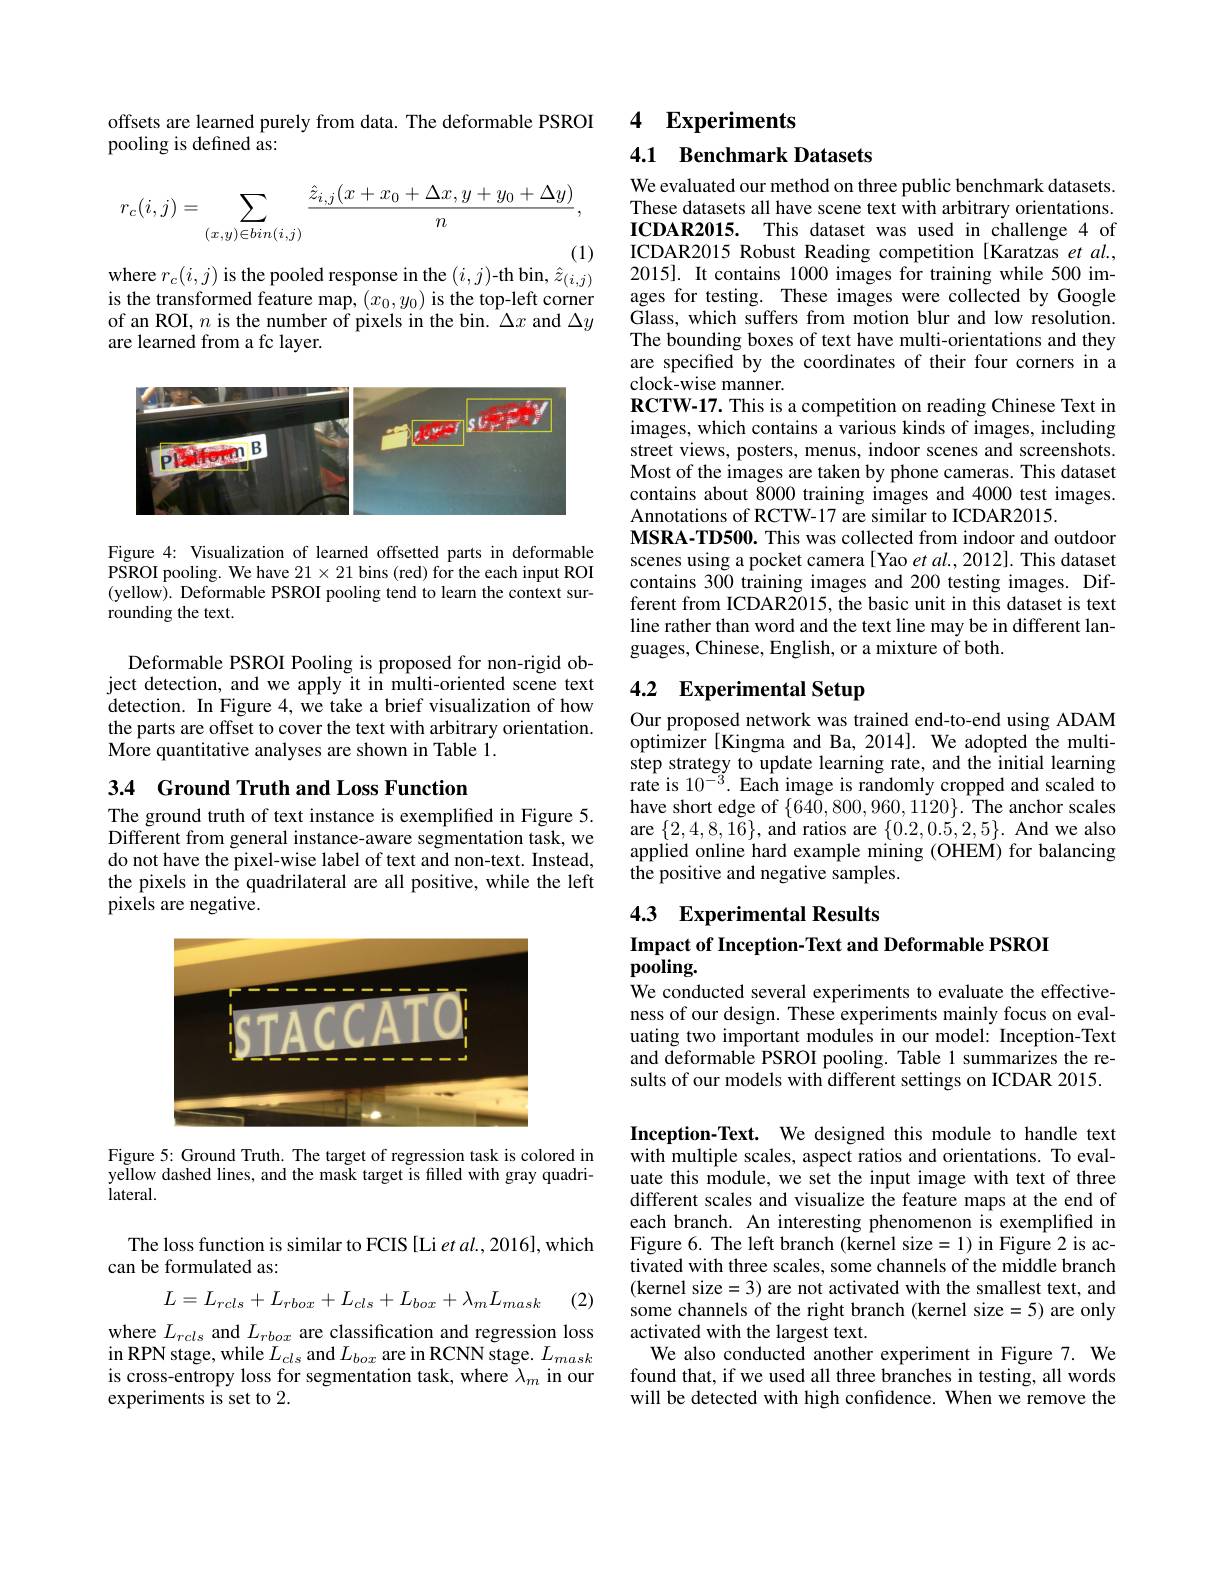
offsets are learned purely from data. The deformable PSROI
pooling is defined as:
$$r_c(i,j)=\sum_{(x,y)\in bin(i,j)}\frac{\hat{z}_{i,j}(x+x_0+\Delta x,y+y_0+\Delta y)}{n},$$
where $r_c(i,j)$ is the pooled response in the $(i,j)$-th bin, $\hat{z}_{(i,j)}$

is the transformed feature map, $(x_0,y_0)$ is the top-left corner of an ROI, $n$ is the number of pixels in the bin. $\Delta x$ and $\Delta y$ are learned from a fc layer.

<FigureHere>

Figure 4: Visualization of learned offsetted parts in deformable PSROI pooling. We have $21\times21$ bins (red) for the each input ROI (yellow). Deformable PSROI pooling tend to learn the context surrounding the text.

Deformable PSROI Pooling is proposed for non-rigid object detection, and we apply it in multi-oriented scene text detection. In Figure 4, we take a brief visualization of how the parts are offset to cover the text with arbitrary orientation. More quantitative analyses are shown in Table 1.

3.4 Ground Truth and Loss Function

The ground truth of text instance is exempliffed in Figure 5. Different from general instance- aware segmentation task, we do not have the pixel-wise label of text and non-text. Instead, the pixels in the quadrilateral are all positive, while the left pixels are negative.

<FigureHere>

Figure 5: Ground Truth. The target of regression task is colored in yellow dashed lines, and the mask target is filled with gray quadrilateral.

The loss function is similar to FCIS [Li et al., 2016], which
can be formulated as:
$$L=L_{rcls}+L_{rbox}+L_{cls}+L_{box}+\lambda_{m}L_{mask}$$
(2)

where $L_{rcls}$ and $L_{rbox}$ are classification and regression loss in RPN stage, while $L_{cls}$ and $L_box$ are in RCNN stage. $L_mask$ is cross-entropy loss for segmentation task, where $\lambda_m$ in our experiments is set to 2.

4 Experiments

## 4.1 Benchmark Datasets

We evaluated our method on three public benchmark datasets. These datasets all have scene text with arbitrary orientations. ICDAR2015. This dataset was used in challenge 4 of ICDAR2015 Robust Reading competition [Karatzas et al., 2015]. It contains 1000 images for training while 500 images for testing. These images were collected by Google Glass, which suffers from motion blur and low resolution. The bounding boxes of text have multi-orientations and they are specifed by the coordinates of their four corners in a clock-wise manner.
RCTW-17. This is a competition on reading Chinese Text in images, which contains a various kinds of images, including street views, posters, menus, indoor scenes and screenshots. Most of the images are taken by phone cameras. This dataset contains about 8000 training images and 4000 test images. Annotations of RCTW-17 are similar to ICDAR2015.
MSRA-TD500. This was collected from indoor and outdoor scenes using a pocket camera [ Yao et al., 2012]. This dataset contains 300 training images and 200 testing images. Different from ICDAR2015, the basic unit in this dataset is text line rather than word and the text line may be in different languages, Chinese, English, or a mixture of both.

# 4.2 Experimental Setup

Our proposed network was trained end-to-end using ADAM optimizer [Kingma and Ba, 2014]. We adopted the multistep strategy to update learning rate, and the initial learning rate is $10^{-3}.$ Each image is randomly cropped and scaled to have short edge of $\{640,800,960,1120\}.$ The anchor scales are $\{2,4,8,1\tilde{6}\}$, and ratios are $\{0.2,0.5,2,5\}.$ And we also applied online hard example mining (OHEM) for balancing the positive and negative samples.

# 4.3 Experimental Results Impact of Inception-Text and Deformable PSROI pooling.

We conducted several experiments to evaluate the effectiveness of our design. These experiments mainly focus on evaluating two important modules in our model: Inception-Text and deformable PSROI pooling. Table 1 summarizes the results of our models with different settings on ICDAR 2015.

Inception-Text. We designed this module to handle text with multiple scales, aspect ratios and orientations. To evaluate this module, we set the input image with text of three different scales and visualize the feature maps at the end of each branch. An interesting phenomenon is exemplified in Figure 6. The left branch (kernel size=1) in Figure 2 is activated with three scales, some channels of the middle branch (kernel size=3) are not activated with the smallest text, and some channels of the right branch (kernel size=5) are only activated with the largest text.
We also conducted another experiment in Figure 7. We found that, if we used all three branches in testing, all words will be detected with high confidence. When we remove the